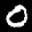
Label: 0